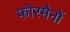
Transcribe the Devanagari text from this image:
फोरमैनाें